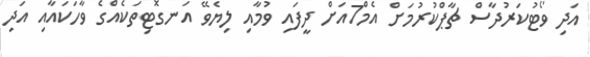
އަދި ވޯޓުކަރުދާސް ޗާޕްކުރުމަށް އެމް7އަށް ދީފައި ވުމާއި ލިޔެވޭ އަނގޮޓިތަކެއްގެ ވާހަކައާއި އަދި